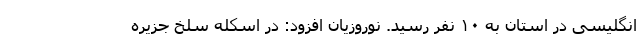
انگلیسی در استان به ۱۰ نفر رسید. نوروزیان افزود: در اسکله سلخ جزیره